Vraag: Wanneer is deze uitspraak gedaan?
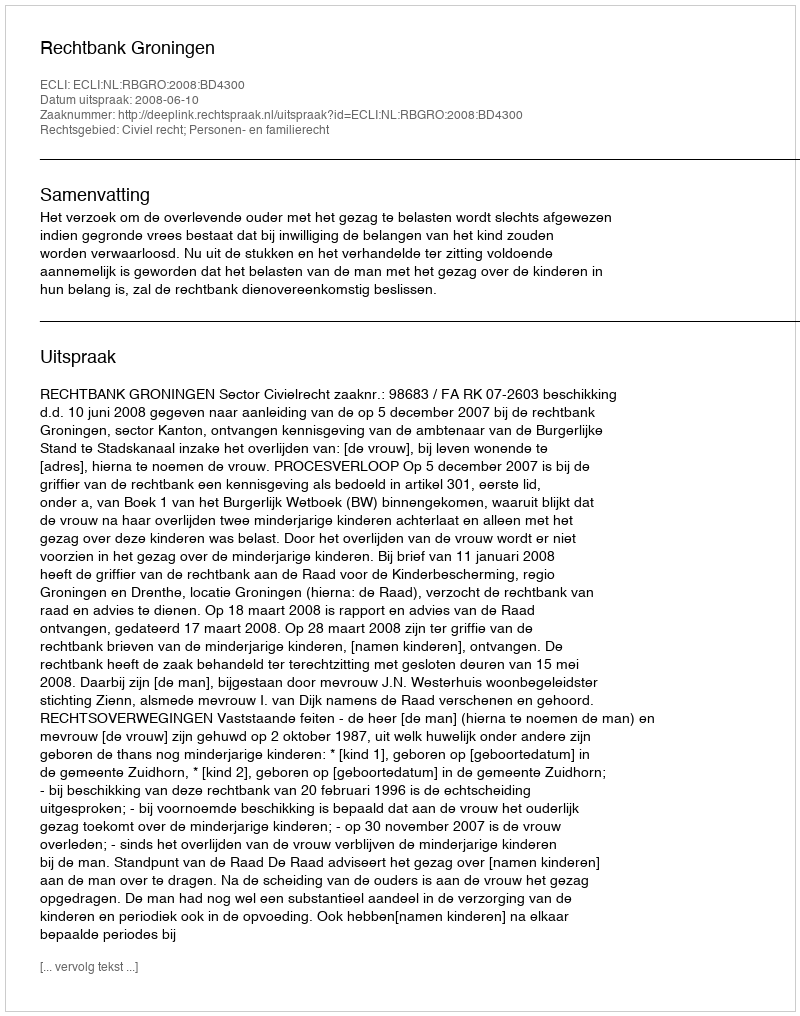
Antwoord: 2008-06-10